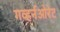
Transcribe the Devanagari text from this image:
गव्हर्नओरेट